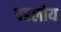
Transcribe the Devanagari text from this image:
पडलोय